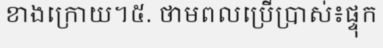
ខាងក្រោយ។៥. ថាមពលប្រើប្រាស់៖ផ្ទុក